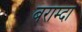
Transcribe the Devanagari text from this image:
बराम्दा